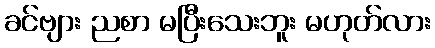
ခင်ဗျား ညစာ မပြီးသေးဘူး မဟုတ်လား